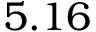
5 . 1 6